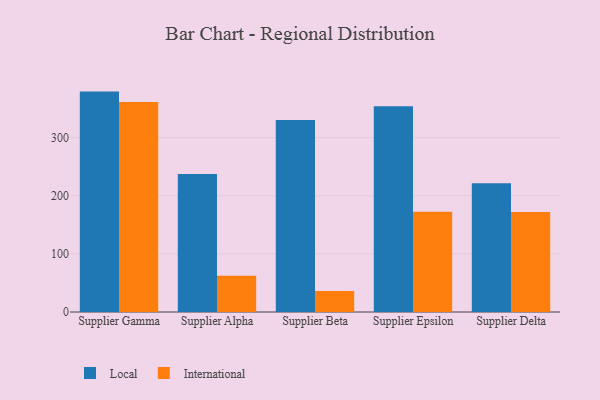
{"axis": {"x": "Supplier", "y": "Temperature (°C)"}, "legend": ["International", "Local"], "data": [{"x": "Supplier Gamma", "y": 379.2, "type": "Local"}, {"x": "Supplier Gamma", "y": 361.2, "type": "International"}, {"x": "Supplier Alpha", "y": 237.4, "type": "Local"}, {"x": "Supplier Alpha", "y": 62.4, "type": "International"}, {"x": "Supplier Beta", "y": 330.2, "type": "Local"}, {"x": "Supplier Beta", "y": 36.2, "type": "International"}, {"x": "Supplier Epsilon", "y": 353.9, "type": "Local"}, {"x": "Supplier Epsilon", "y": 172.5, "type": "International"}, {"x": "Supplier Delta", "y": 221.7, "type": "Local"}, {"x": "Supplier Delta", "y": 172.2, "type": "International"}]}